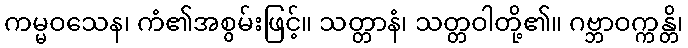
ကမ္မဝသေန၊ ကံ၏အစွမ်းဖြင့်။ သတ္တာနံ၊ သတ္တဝါတို့၏။ ဂဗ္ဘာဝက္ကန္တိ၊